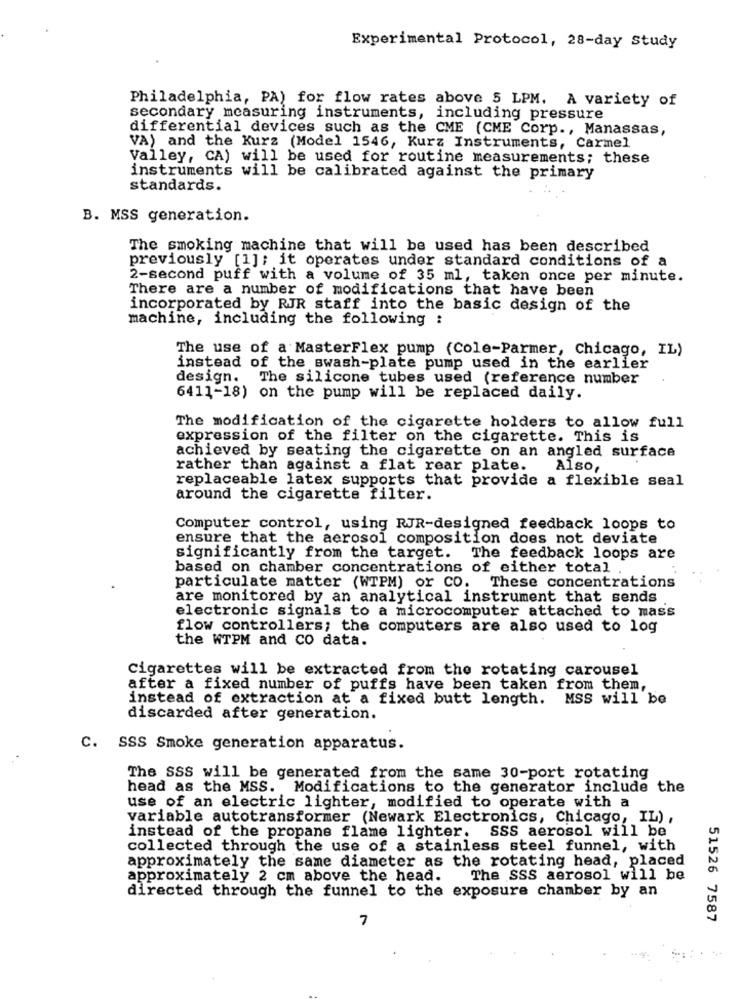
Experimental Protocol, 28-day Study
Philadelphia, PA) for flow rates above 5 LPM. A variety of
secondary measuring instruments, including pressure
differential devices such as the CME (CME Corp ., Manassas,
VA) and the Kurz (Model 1546, Kurz Instruments, Carmel
Valley, CA) will be used for routine measurements; these
instruments will be calibrated against the primary
standards.
B. MSS generation.
The smoking machine that will be used has been described
previously [1]; it operates under standard conditions of a
2-second puff with a volume of 35 ml, taken once per minute.
There are a number of modifications that have been
incorporated by RJR staff into the basic design of the
machine, including the following :
The use of a MasterFlex pump (Cole-Parmer, Chicago, IL)
instead of the swash-plate pump used in the earlier
design. The silicone tubes used (reference number
6411-18) on the pump will be replaced daily.
The modification of the cigarette holders to allow full
expression of the filter on the cigarette. This is
achieved by seating the cigarette on an angled surface
rather than against a flat rear plate.
Also,
replaceable latex supports that provide a flexible seal
around the cigarette filter.
Computer control, using RJR-designed feedback loops to
ensure that the aerosol composition does not deviate
significantly from the target.
The feedback loops are
based on chamber concentrations of either total
particulate matter (WTPM) or CO.
These concentrations
are monitored by an analytical instrument that sends
electronic signals to a microcomputer attached to mass
flow controllers; the computers are also used to log
the WTPM and co data.
Cigarettes will be extracted from the rotating carousel
after a fixed number of puffs have been taken from them,
instead of extraction at a fixed butt length. MSS will be
discarded after generation.
C. SSS Smoke generation apparatus.
The SSS will be generated from the same 30-port rotating
head as the MSS. Modifications to the generator include the
use of an electric lighter, modified to operate with a
variable autotransformer (Newark Electronics, Chicago, IL) ,
instead of the propane flame lighter. SSS aerosol will be
collected through the use of a stainless steel funnel, with
approximately the same diameter as the rotating head, placed
approximately 2 cm above the head.
The SSS aerosol will be
directed through the funnel to the exposure chamber by an
7
51526 7587